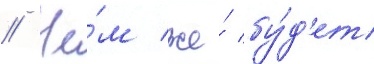
// Че́м же́ бу́д'ет